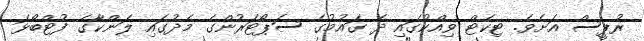
ރުޕީސް އަށެވެ. ޓިކެޓް ވިއްކުގައި ދެ ގައުމުގެ ސަޕޯޓަރުންގެ މެދުގައި ލަންކާގެ ފުޓްބޯޅަ